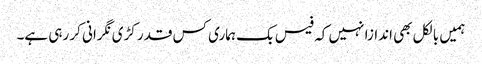
ہمیں بالکل بھی اندازا نہیں کہ فیس بک ہماری کس قدر کڑی نگرانی کر رہی ہے۔